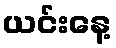
ယင်းနေ့